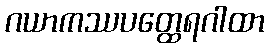
ဂယာကဿပတ္ထေရဂါထာ